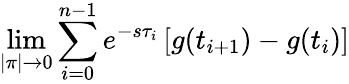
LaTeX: \operatorname*{lim}_{|\pi|\to 0}\sum_{i=0}^{n-1}e^{-s\tau_{i}}\left[g(t_{i+1})-g(t_{i})\right]